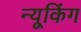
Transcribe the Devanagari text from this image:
न्यूकिंग